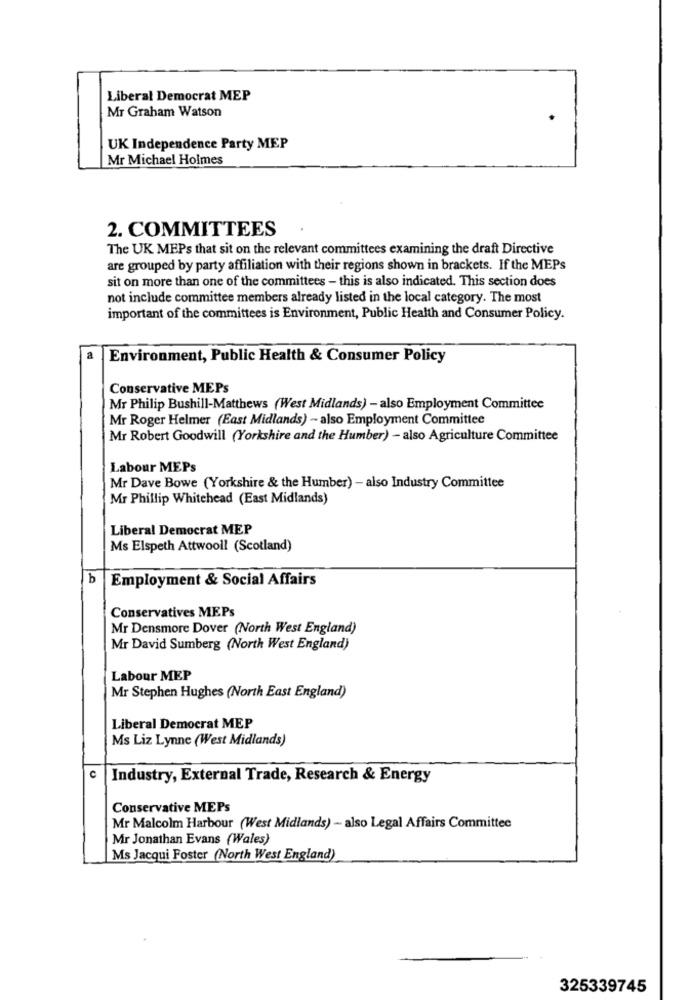
Liberal Democrat MEP
Mr Graham Watson
UK Independence Party MEP
Mr Michael Holmes
2. COMMITTEES
The UK MEPs that sit on the relevant committees examining the draft Directive
are grouped by party affiliation with their regions shown in brackets. If the MEPs
sit on more than one of the committees - this is also indicated. This section does
not include committee members already listed in the local category. The most
important of the committees is Environment, Public Health and Consumer Policy.
a
Environment, Public Health & Consumer Policy
Conservative MEPs
Mr Philip Bushill-Matthews (West Midlands) - also Employment Committee
Mr Roger Helmer (East Midlands) - also Employment Committee
Mr Robert Goodwill (Yorkshire and the Humber) - also Agriculture Committee
Labour MEPs
Mr Dave Bowe (Yorkshire & the Humber) - also Industry Committee
Mr Phillip Whitehead (East Midlands)
Liberal Democrat MEP
Ms Elspeth Attwooll (Scotland)
b
Employment & Social Affairs
Conservatives MEPs
Mr Densmore Dover (North West England)
Mr David Sumberg (North West England)
Labour MEP
Mr Stephen Hughes (North East England)
Liberal Democrat MEP
Ms Liz Lynne (West Midlands)
C
Industry, External Trade, Research & Energy
Conservative MEPs
Mr Malcolm Harbour (West Midlands) - also Legal Affairs Committee
Mr Jonathan Evans (Wales)
Ms Jacqui Foster (North West England)
325339745